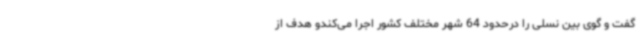
گفت و گوی بین نسلی را درحدود 64 شهر مختلف کشور اجرا می‌کندو هدف از